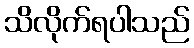
သိလိုက်ရပါသည်